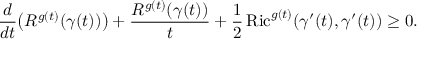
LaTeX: { \frac { d } { d t } } { \big ( } R ^ { g ( t ) } ( \gamma ( t ) ) { \big ) } + { \frac { R ^ { g ( t ) } ( \gamma ( t ) ) } { t } } + { \frac { 1 } { 2 } } \operatorname { R i c } ^ { g ( t ) } ( \gamma ^ { \prime } ( t ) , \gamma ^ { \prime } ( t ) ) \geq 0 .